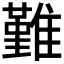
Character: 𩀤